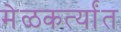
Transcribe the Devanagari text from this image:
मेळकर्त्यांत